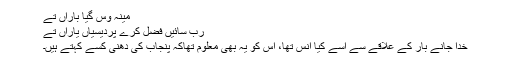
مینہ وس گیا باراں تے
رب سائیں فضل کرے پردیسیاں یاراں تے
خدا جانے بار کے علاقے سے اسے کیا انس تھا، اس کو یہ بھی معلوم تھاکہ پنجاب کی دھنی کسے کہتے ہیں۔